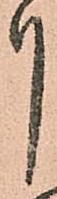
月